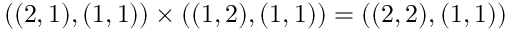
( ( 2 , 1 ) , ( 1 , 1 ) ) \times ( ( 1 , 2 ) , ( 1 , 1 ) ) = ( ( 2 , 2 ) , ( 1 , 1 ) )